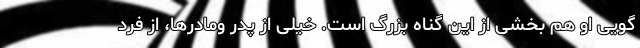
گویی او هم بخشی از این گناه بزرگ است. خیلی از پدر ومادرها، از فرد